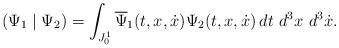
LaTeX: \begin{align*}\left( \Psi _{1}\mid \Psi _{2}\right) =\int_{J_{0}^{1}}\overline{\Psi } _{1}(t,x,\dot{x})\Psi _{2}(t,x,\dot{x})\,dt\,\,d^{3}x\,\,d^{3}\dot{x}.\end{align*}